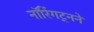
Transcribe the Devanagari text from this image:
नॉरिंगट्नने